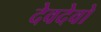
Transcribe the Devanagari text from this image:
देवदेवो